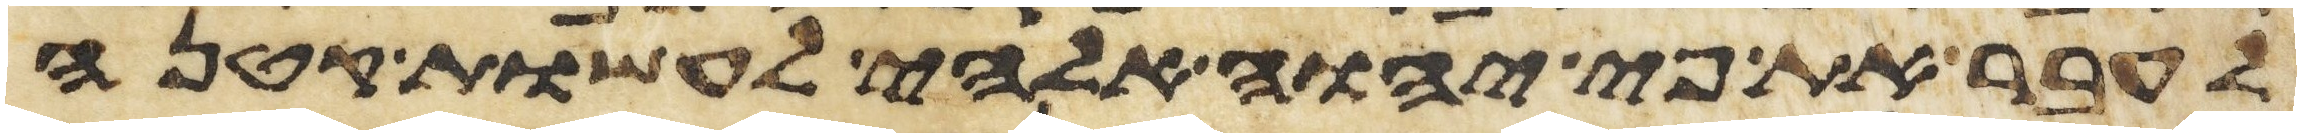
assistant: אעבר את פי יהוה אלהי לעשות קטנה